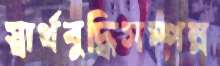
স্বার্থবুদ্ধিসম্পন্ন